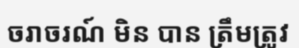
ចរាចរណ៍ មិន បាន ត្រឹមត្រូវ